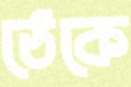
ঠেকে